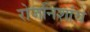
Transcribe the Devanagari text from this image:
रोजनिशांचे